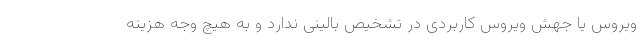
ویروس یا جهش ویروس کاربردی در تشخیص بالینی ندارد و به هیچ وجه هزینه